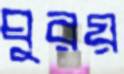
ঘুরয়